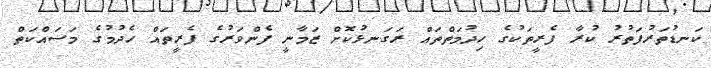
ކަނޑުތަރުފަތުރު ކުރާ ފެރީތަކުގެ ހިދުމަތްތައް ރަގަނޅުކޮށް ޒަމާނީ ފެންވަރުގެ ފެރީތައް ހެދުމުގެ މަސައްކަތް